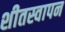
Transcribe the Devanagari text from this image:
शीतस्वापन